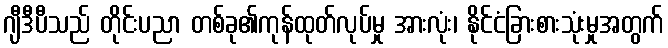
ဂျီဒီပီသည် တိုင်းပညာ တစ်ခု၏ကုန်ထုတ်လုပ်မှု အားလုံး၊ နိုင်ငံခြားစားသုံးမှုအတွက်